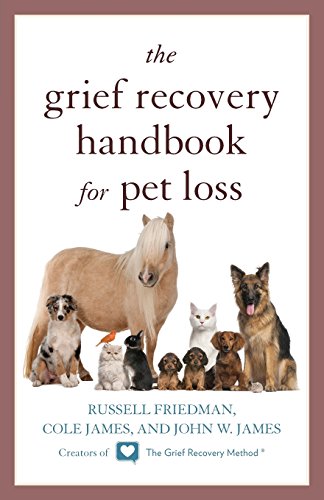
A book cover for The Grief Recovery Handbook for Pet Loss; Russell Friedman; Crafts, Hobbies & Home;